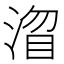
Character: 𭱓